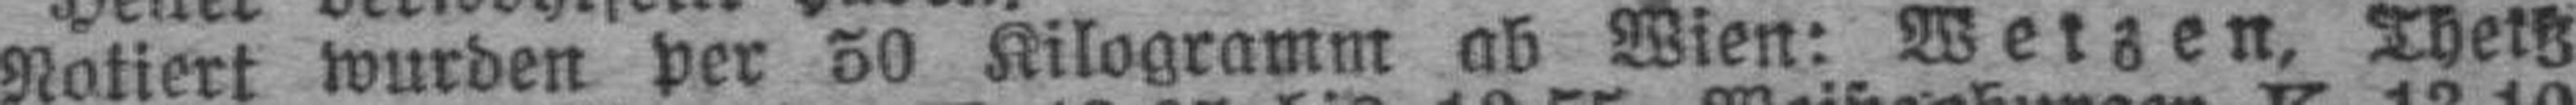
Notiert wurden per 50 Kilogramm ab Wien: Weizen, Theiß